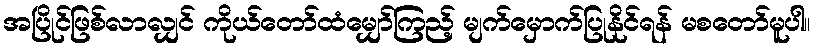
အပြိုင်ဖြစ်လာလျှင် ကိုယ်တော်ထံမျှော်ကြည့် မျက်မှောက်ပြုနိုင်ရန် မစတော်မူပါ။